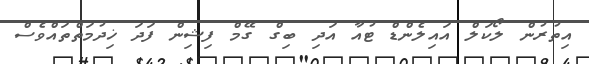
އިތުރުން ލޯކަލް އައިލެންޑް ޓުއާ އަދި ބިގް ގޭމް ފިޝިން ފަދަ ޚިދުމަތްތައްވެސް